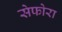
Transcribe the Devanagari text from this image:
सेफोरा